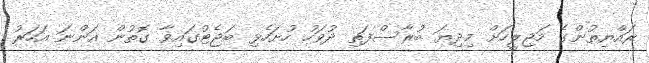
ރައްޔިތުންގެ މަޖިލީހަށް މިދިޔަ ބުރާސްފަތި ދުވަހު ހުށަހެޅި ބަޖެޓުގައިވާ ގޮތުން އަންނަ އަހަރު